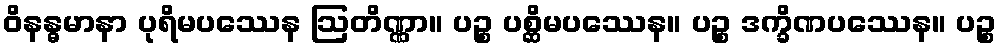
ဝိနန္ဓမာနာ ပုရိမပဿေန ဩတိဏ္ဏာ။ ပဉ္စ ပစ္ဆိမပဿေန။ ပဉ္စ ဒက္ခိဏပဿေန။ ပဉ္စ